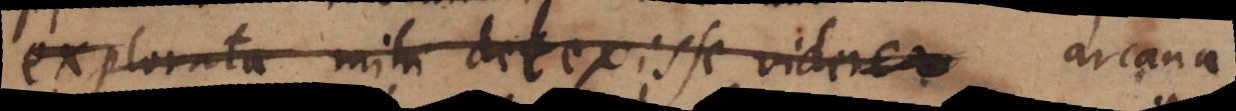
explorata mihi detexisse videre arcana